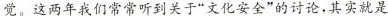
觉:这两年我们常常听到关干““文化安全"的讨论，其实就是